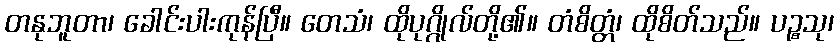
တနုဘူတာ၊ ခေါင်းပါးကုန်ပြီ။ တေသံ၊ ထိုပုဂ္ဂိုလ်တို့၏။ တံစိတ္တံ၊ ထိုစိတ်သည်။ ပဉ္စသု၊